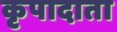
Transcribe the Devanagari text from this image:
कृपादाता